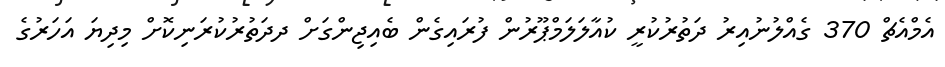
އެމްއެޗް 370 ގެއްލުނުއިރު ދަތުރުކުރީ ކުއާލަލަމްޕޫރުން ފުރައިގެން ބެއިޖިންގަށް ދދަތުރުކުރަނިކޮށް މިދިޔަ އަހަރުގެ